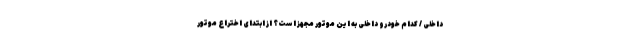
داخلی / کدام خودرو داخلی به این موتور مجهز است؟ از ابتدای اختراع موتور